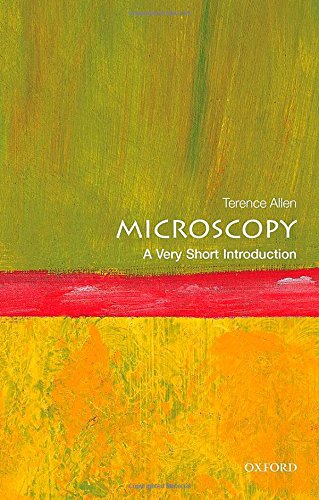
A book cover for Microscopy: A Very Short Introduction (Very Short Introductions); Terence Allen; Science & Math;